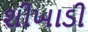
શીખાડી